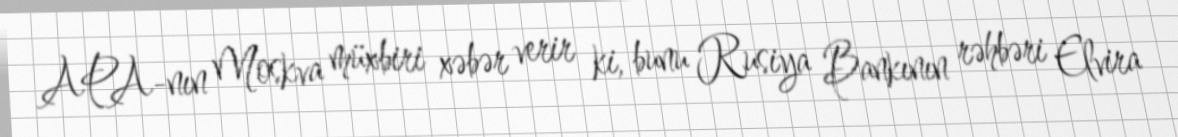
APA-nın Moskva müxbiri xəbər verir ki, bunu Rusiya Bankının rəhbəri Elvira